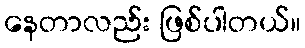
နေတာလည်း ဖြစ်ပါတယ်။